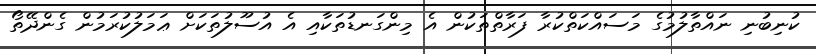
ކުނިބުނި ނައްތާލުމުގެ މަސައްކަތްކުރާ ފަރާތްތަކުން އެ މިންގަނޑުތަކާއި އެ އުސޫލުތަކަށް ޢަމަލުކުރަމުން ގެންދޭތޯ